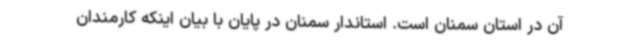
آن در استان سمنان است. استاندار سمنان در پایان با بیان اینکه کارمندان